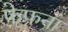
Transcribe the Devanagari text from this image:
फेफना